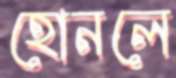
হোনলে